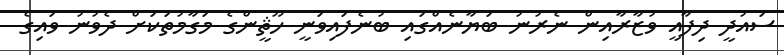
ސައުދީ ދިފާއީ ވުޒާރާއިން ނެރުނު ބަޔާނެއްގައި ބުނެފައިވަނީ ހޫޘީންގެ މަގާމުތަކަށް ދެވުނު ވައިގެ